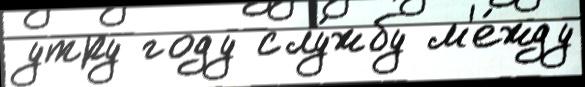
утру году слу́жбу м'е́жду